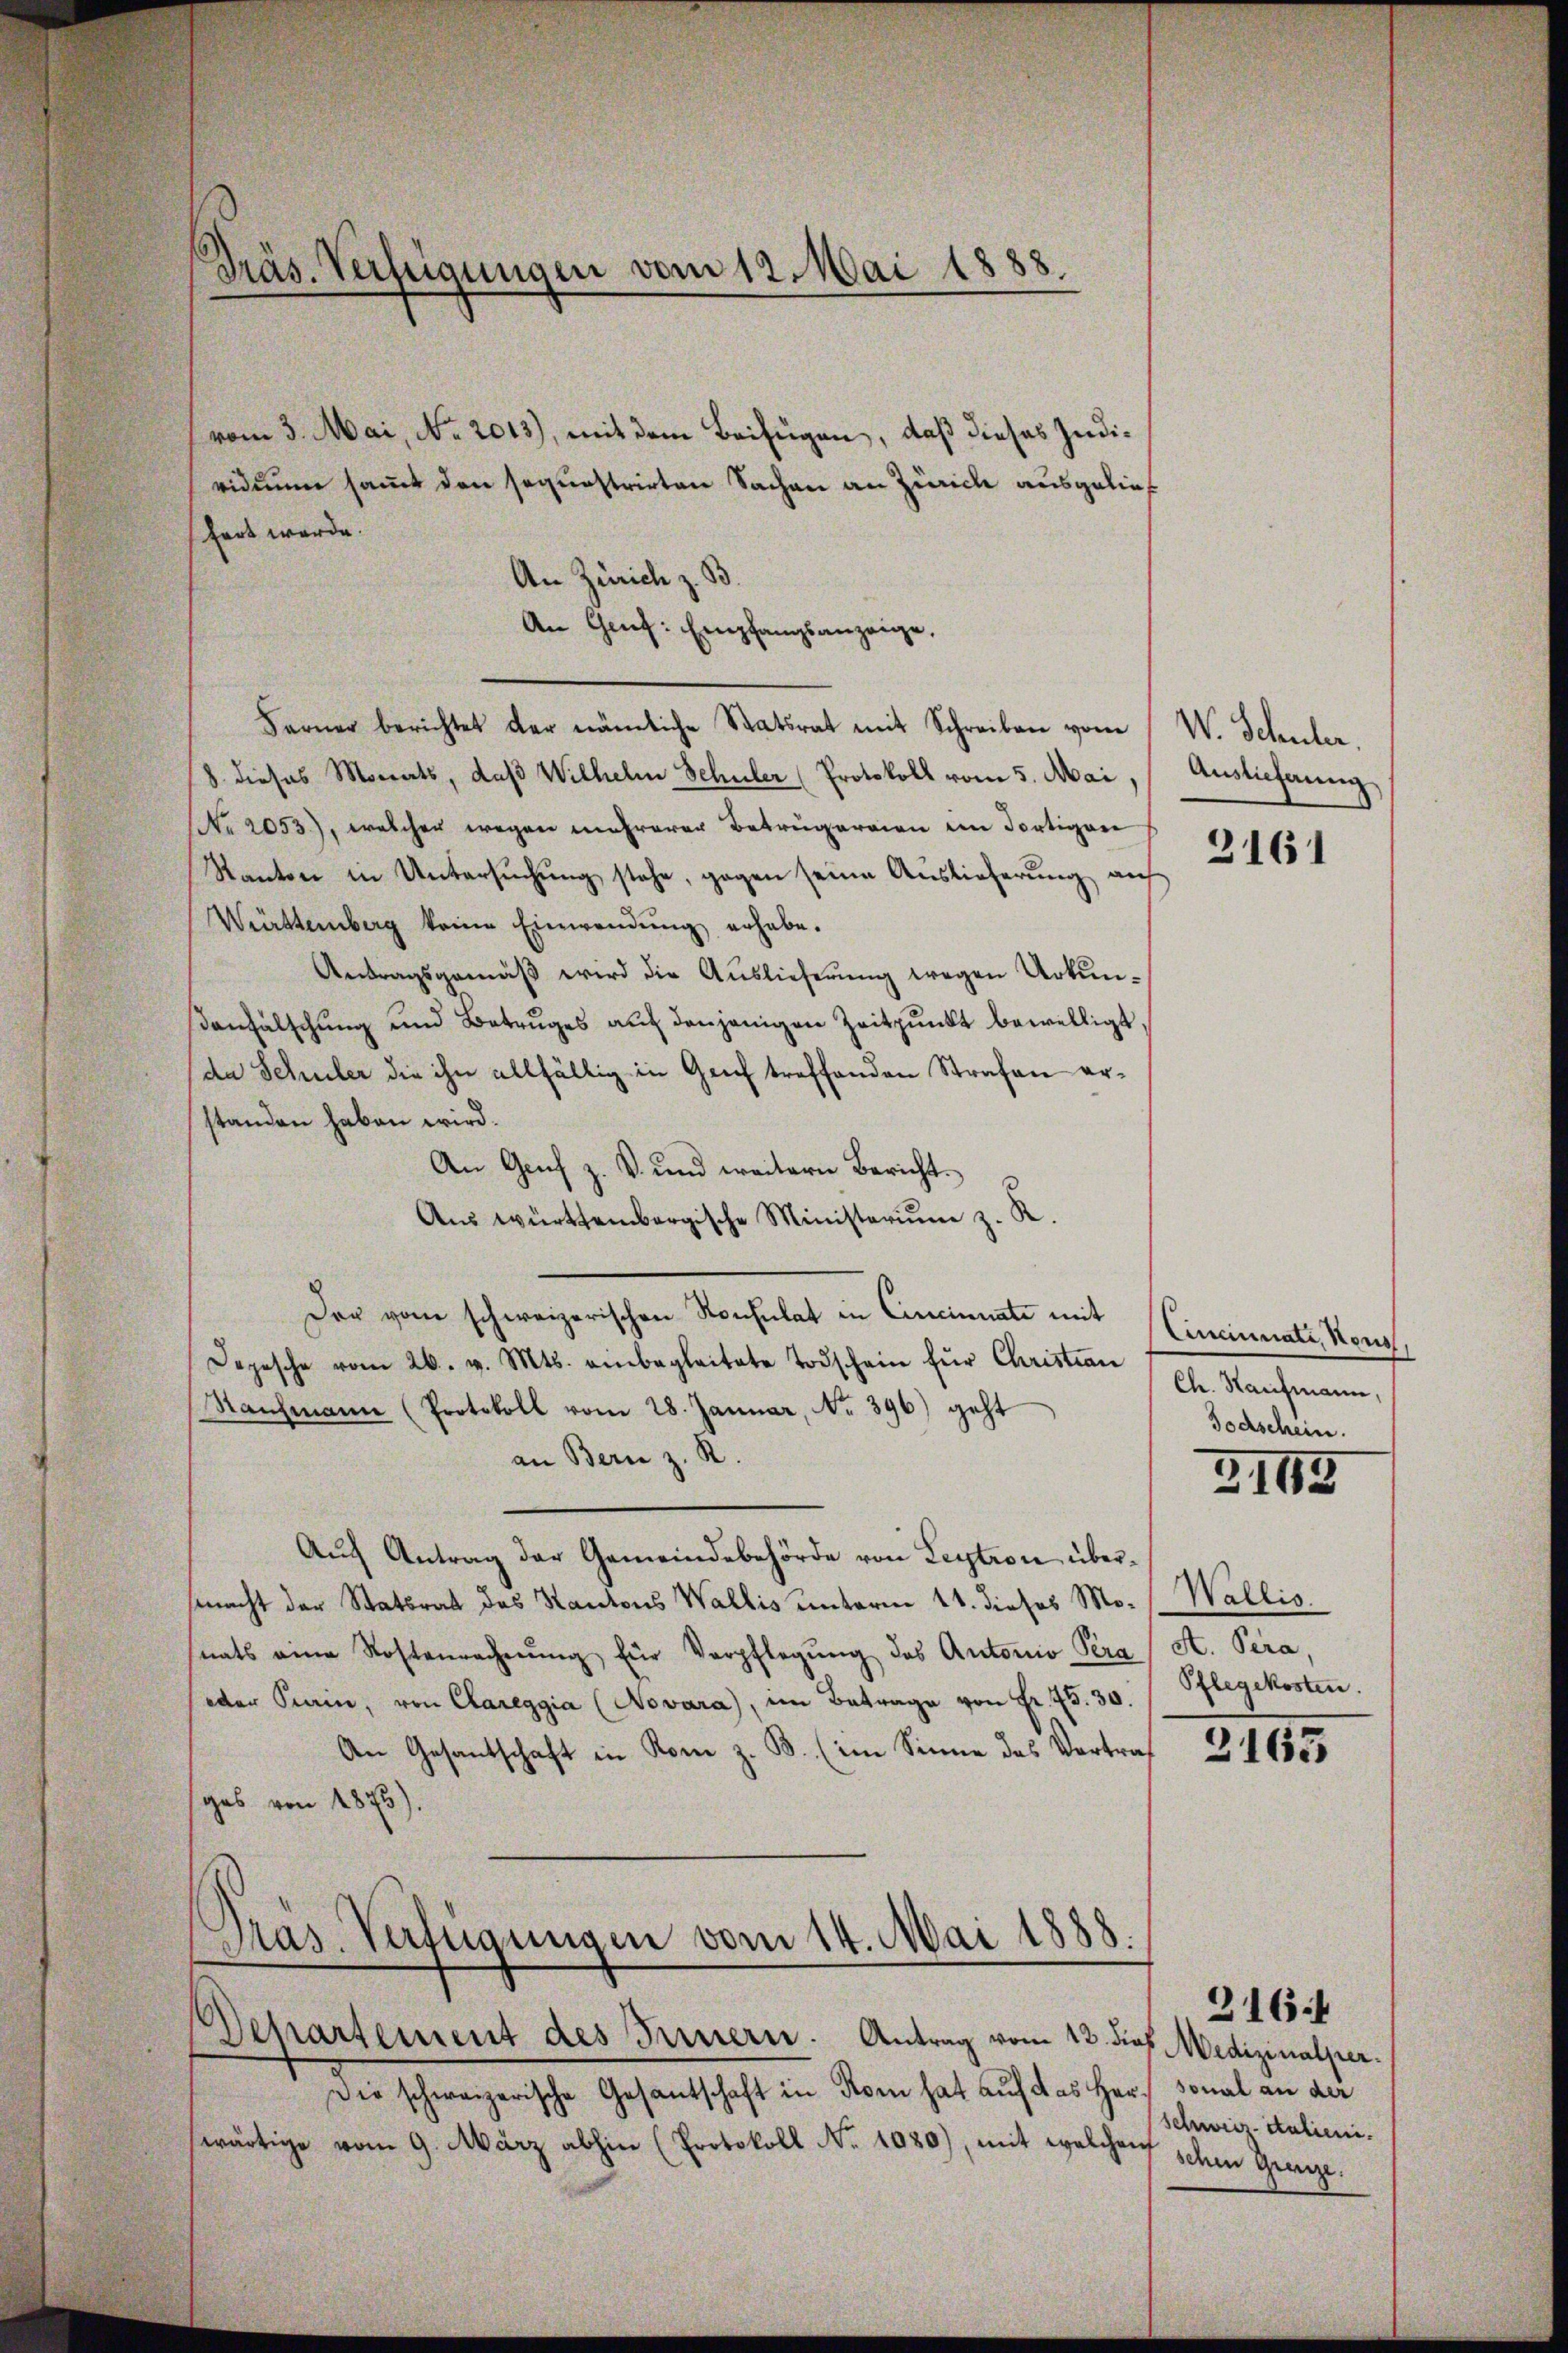
vom 3. Mai, No. 2013), mit dem Beifügen, daß dieses Judividuum sammt den sequestrirten Sachen an Zürich ausgelief
hart werde.
An Zürich z. B.
An Gruf: Empfangsanzeige,
Ferner berichtet der nämliche Statsrat mit Schreiben vom
8. dieses Monats, daβ Wilhelm Schüler (Protokoll vom 5. Mai, Auslieferung
No 2053), welcher wegen mehrerer Betrügereien im Fortigere
Kanton in Untersuchung stehe, gegen seine Auslieferung auf
Württemberg keine Einwendŭng erhabe.
Antragsgemäβ wird die Auslieferung wegen Urkun-
anfälschung und Betruges auf denjenigen Zeitpunkt bewilligt,
da Schuler die ihn allfällig in Genf treffenden Strafen erstanden haben wird.
An Genf z. B. und weitern Bericht.
Aus württembergische Ministerium z. K.
Der vom schweizerischen Konsulat in Cincinuate mit
Depesche vom 26. v. Mts. einbegleitete Todschein für Christian Chr. Kaufmann
Rahmann (Protokoll vom 28. Januar, No. 396) geht
an Bern z. R.
Aŭf Antrag der Gemeindebehörde von Leytron übermacht der Stattrat des Kantons Wallis unterm 11. dieses Mo- Wallis.
nats eine Kostenrechnŭng für Verpflegŭng des Antonio Pera
oder Krain, von Clareggia (Novara), im Betrage von Fr. 75. 30.
An Gesantschaft in Rom z. B. (im Sinne das Vertraf
ges von 1875).
Präs. Verfügungen vom 14. Mai 1888.
Departement des Innern. Antrag vom 12. dies Medizinalper.
Die schweizerische Gesantschaft in Korn hat auf das Herz sonal an der
wärtige vom 9. März abhin (Protokoll No 1080), mit welchenf

Präs. Verfügungen vom 12. Mai 1888.
—

W. Schuler.

3161

Cincinate, Nous,
Todschein.

2143

At. Pera,
Pflegekosten.

2163

schweiz italieni.
schen Grenze.

2164